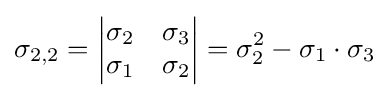
\sigma _{2,2}={\begin{vmatrix}\sigma _{2}&\sigma _{3}\\\sigma _{1}&\sigma _{2}\end{vmatrix}}=\sigma _{2}^{2}-\sigma _{1}\cdot \sigma _{3}